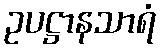
ဥပဋ္ဌာနသာရံ